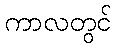
ကာလတွင်